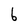
Character: 6